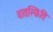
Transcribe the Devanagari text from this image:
वातस्फिति